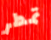
تمطر